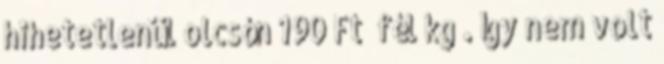
hihetetlenül olcsón 190 Ft fél kg . Így nem volt